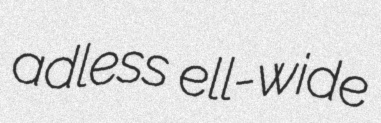
adless ell-wide